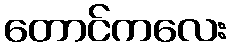
တောင်ကလေး